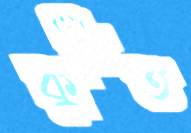
কুন্ঠিত